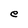
Character: e